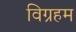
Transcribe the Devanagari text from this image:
विग्रहम